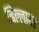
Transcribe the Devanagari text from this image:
बिल्लावर